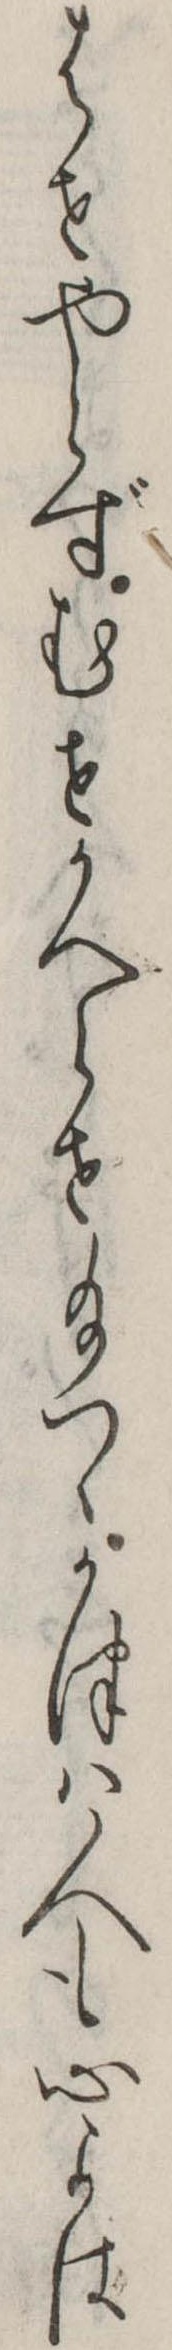
はせやらずむせかへらせ給つゝかつは人も心よは